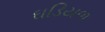
ઘડિયળ